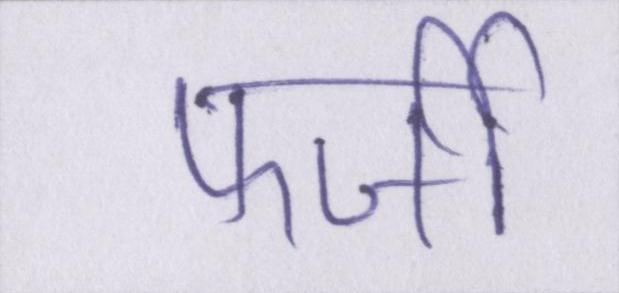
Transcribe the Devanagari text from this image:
फर्जी